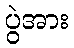
ပွဲအား